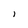
Character: l